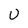
Character: v